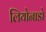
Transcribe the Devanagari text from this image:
लियोनाडो